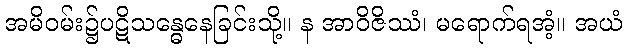
အမိဝမ်း၌ပဋိသန္ဓေနေခြင်းသို့။ န အာဝိဇိဿံ၊ မရောက်ရအံ့။ အယံ